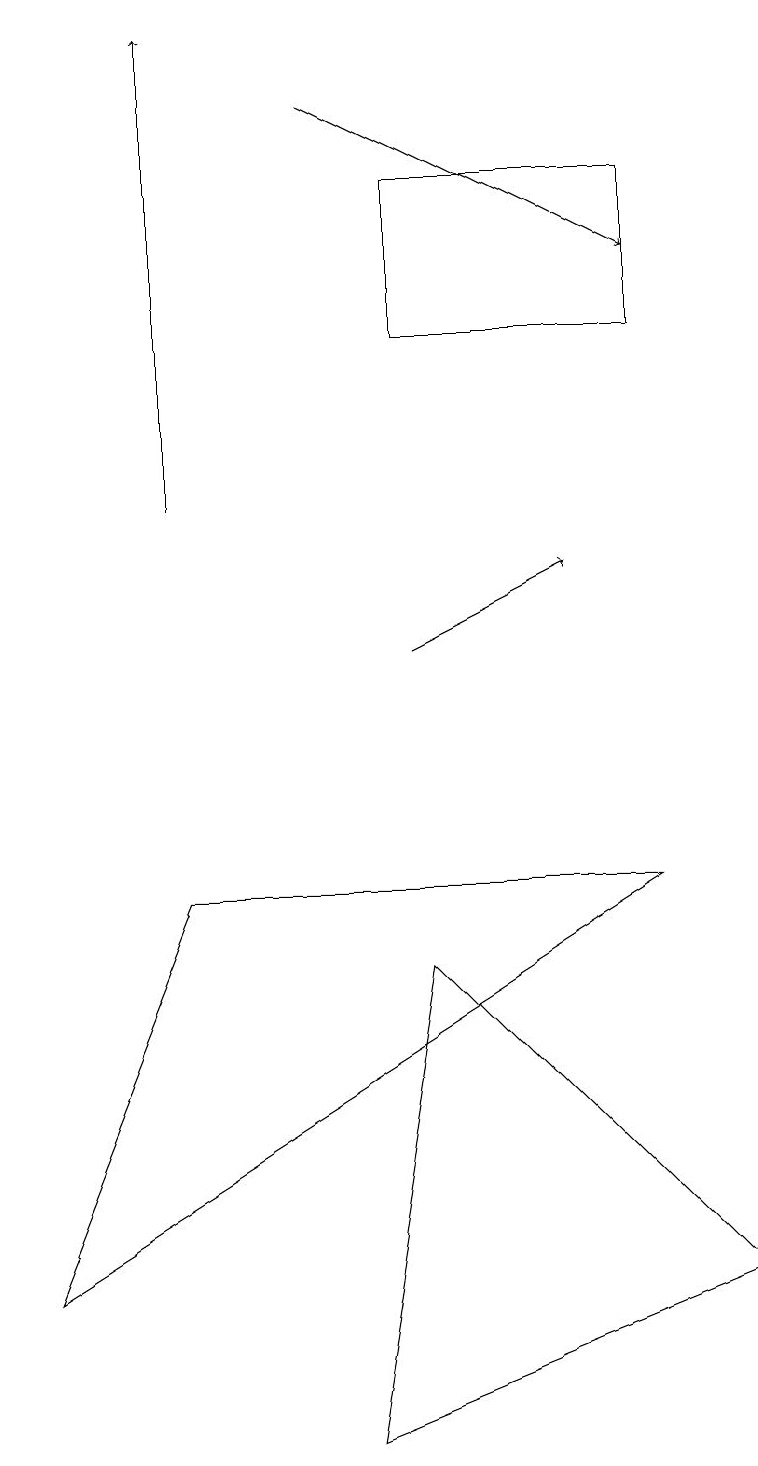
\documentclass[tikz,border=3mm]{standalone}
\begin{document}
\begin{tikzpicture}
\draw (9,3) -- (5,7) -- (4,1) -- cycle;
\draw[->] (2,13) -- (2,19);
\draw (8,15) rectangle (5,17);
\draw (2,8) -- (0,3) -- (8,8) -- cycle;
\draw[->] (4,18) -- (8,16);
\draw[->] (5,11) -- (7,12);
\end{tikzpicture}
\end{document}